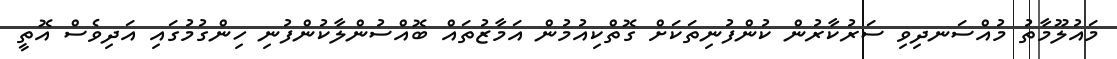
މައުލޫމާތު މުއްސަނދިވި ސަރުކާރުން ކުންފުނިތަކަށް ގޮތްކިއުމުން އަމާޒުތައް ބޮއްސުންލާކުންފުނި ހިންގުމުގައި އަދިވެސް އޮތީ